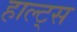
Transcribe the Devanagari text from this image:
हाल्ट्स